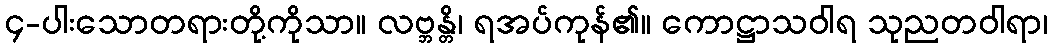
၄-ပါးသောတရားတို့ကိုသာ။ လဗ္ဘန္တိ၊ ရအပ်ကုန်၏။ ကောဋ္ဌာသဝါရ သုညတဝါရာ၊